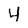
Character: 4